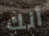
أنك